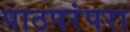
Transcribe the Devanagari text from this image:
पाठपरंपरा